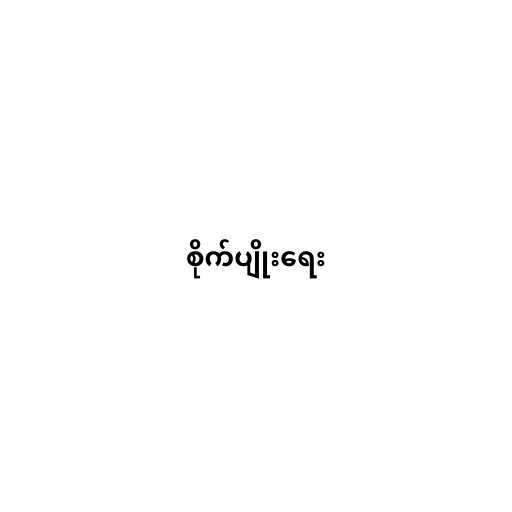
စိုက်ပျိုးရေး